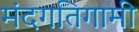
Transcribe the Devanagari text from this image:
मंदगतिगामी